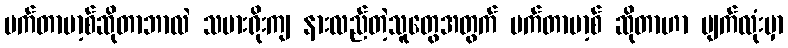
မက်တာဗာ့စ်ဆိုတာဘာလဲ သမားရိုးကျ နားလည်တဲ့သူတွေအတွက် မက်တာဗာ့စ် ဆိုတာဟာ မျက်လုံးမှာ